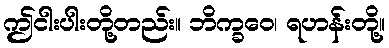
ဤငါးပါးတို့တည်း။ ဘိက္ခဝေ၊ ရဟန်းတို့။